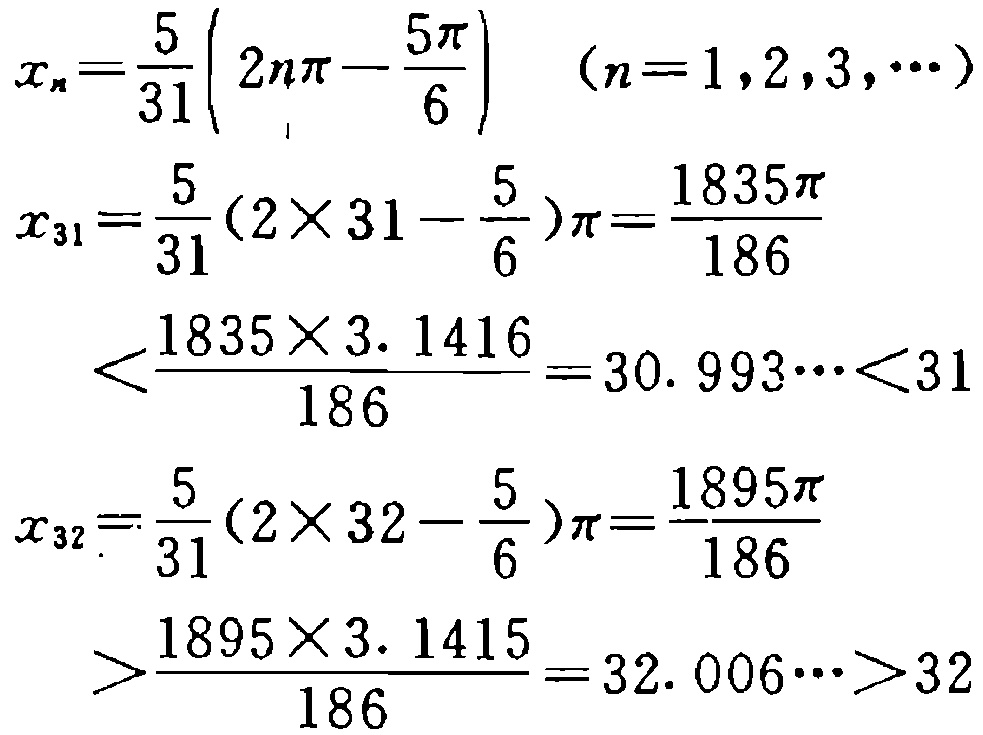
\[

x_{n}=\frac{5}{31}\left(2n\pi-\frac{5\pi}{6}\right)\quad (n = 1,2,3,\cdots)

\]

\[

\begin{align*}

x_{31}&=\frac{5}{31}(2\times31 - \frac{5}{6})\pi=\frac{1835\pi}{186}\\

&<\frac{1835\times3.1416}{186}=30.993\cdots<31

\end{align*}

\]

\[

\begin{align*}

x_{32}&=\frac{5}{31}(2\times32 - \frac{5}{6})\pi=\frac{1895\pi}{186}\\

&>\frac{1895\times3.1415}{186}=32.006\cdots>32

\end{align*}

\]